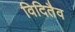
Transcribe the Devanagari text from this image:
विदितैव